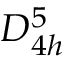
D _ { 4 h } ^ { 5 }